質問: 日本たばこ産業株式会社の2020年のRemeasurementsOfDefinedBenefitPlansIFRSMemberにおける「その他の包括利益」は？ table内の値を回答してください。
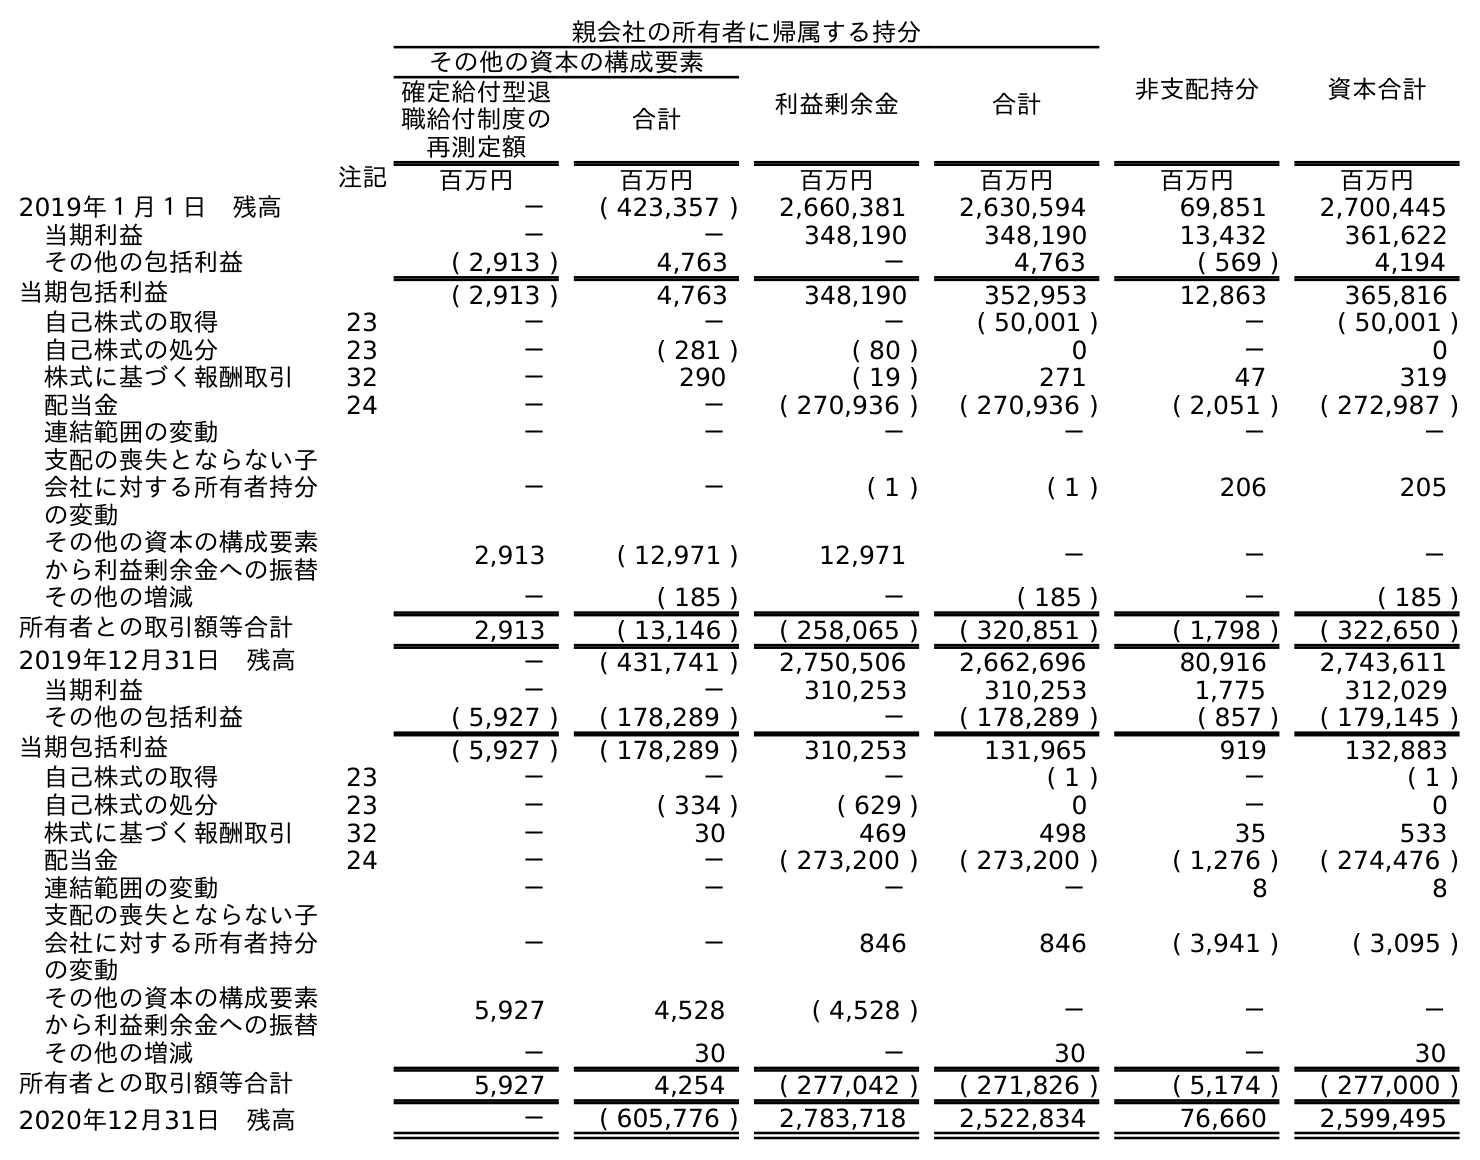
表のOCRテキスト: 親会社の所有者に帰属する持分 非支配持分 資本合計 その他の資本の構成要素 利益剰余金 合計 確定給付型退 職給付制度の 再測定額 合計 注記 百万円 百万円 百万円 百万円 百万円 百万円 2019年１月１日 残高 － ( 423,357 ) 2,660,381 2,630,594 69,851 2,700,445 当期利益 － － 348,190 348,190 13,432 361,622 その他の包括利益 ( 2,913 ) 4,763 － 4,763 ( 569 ) 4,194 当期包括利益 ( 2,913 ) 4,763 348,190 352,953 12,863 365,816 自己株式の取得 23 － － － ( 50,001 ) － ( 50,001 ) 自己株式の処分 23 － ( 281 ) ( 80 ) 0 － 0 株式に基づく報酬取引 32 － 290 ( 19 ) 271 47 319 配当金 24 － － ( 270,936 ) ( 270,936 ) ( 2,051 ) ( 272,987 ) 連結範囲の変動 － － － － － － 支配の喪失とならない子 会社に対する所有者持分 の変動 － － ( 1 ) ( 1 ) 206 205 その他の資本の構成要素 から利益剰余金への振替 2,913 ( 12,971 ) 12,971 － － － その他の増減 － ( 185 ) － ( 185 ) － ( 185 ) 所有者との取引額等合計 2,913 ( 13,146 ) ( 258,065 ) ( 320,851 ) ( 1,798 ) ( 322,650 ) 2019年12月31日 残高 － ( 431,741 ) 2,750,506 2,662,696 80,916 2,743,611 当期利益 － － 310,253 310,253 1,775 312,029 その他の包括利益 ( 5,927 ) ( 178,289 ) － ( 178,289 ) ( 857 ) ( 179,145 ) 当期包括利益 ( 5,927 ) ( 178,289 ) 310,253 131,965 919 132,883 自己株式の取得 23 － － － ( 1 ) － ( 1 ) 自己株式の処分 23 － ( 334 ) ( 629 ) 0 － 0 株式に基づく報酬取引 32 － 30 469 498 35 533 配当金 24 － － ( 273,200 ) ( 273,200 ) ( 1,276 ) ( 274,476 ) 連結範囲の変動 － － － － 8 8 支配の喪失とならない子 会社に対する所有者持分 の変動 － － 846 846 ( 3,941 ) ( 3,095 ) その他の資本の構成要素 から利益剰余金への振替 5,927 4,528 ( 4,528 ) － － － その他の増減 － 30 － 30 － 30 所有者との取引額等合計 5,927 4,254 ( 277,042 ) ( 271,826 ) ( 5,174 ) ( 277,000 ) 2020年12月31日 残高 － ( 605,776 ) 2,783,718 2,522,834 76,660 2,599,495
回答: (5,927)